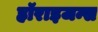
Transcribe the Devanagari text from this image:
हॉराइजन्स